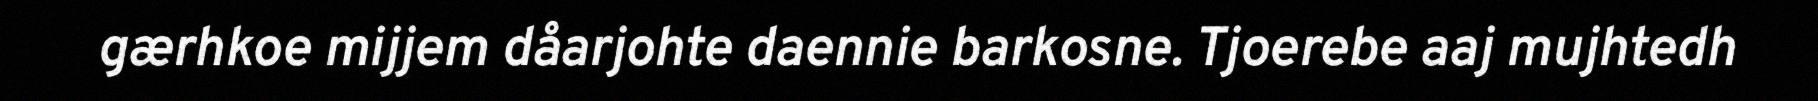
gærhkoe mijjem dåarjohte daennie barkosne. Tjoerebe aaj mujhtedh